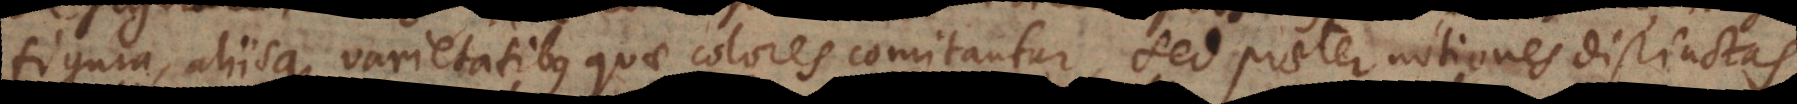
figura, aliisque varietatibus quae colores comitantur, sed praeter notiones distinctas